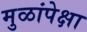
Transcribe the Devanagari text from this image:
मुळांपेक्षा